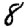
Digit: 8